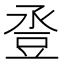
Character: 𧯢